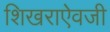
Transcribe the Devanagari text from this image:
शिखराऐवजी